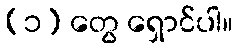
(၁) တွေ ရှောင်ပါ။